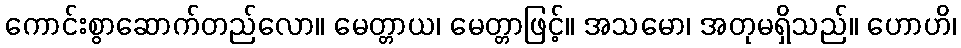
ကောင်းစွာဆောက်တည်လော။ မေတ္တာယ၊ မေတ္တာဖြင့်။ အသမော၊ အတုမရှိသည်။ ဟောဟိ၊